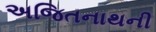
અજિતનાથની